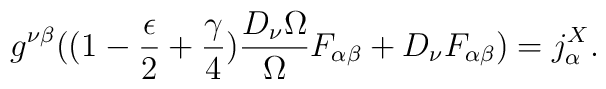
g^{\nu \beta } ( (1 - \frac{\epsilon}{2} + \frac{\gamma}{4} ) \frac{D_{\nu} \Omega}{\Omega}  F_{\alpha \beta} + D_{\nu} F_{\alpha \beta} )= j^{X}_{\alpha} .